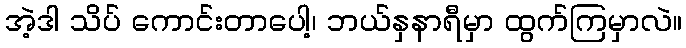
အဲ့ဒါ သိပ် ကောင်းတာပေါ့၊ ဘယ်နှနာရီမှာ ထွက်ကြမှာလဲ။